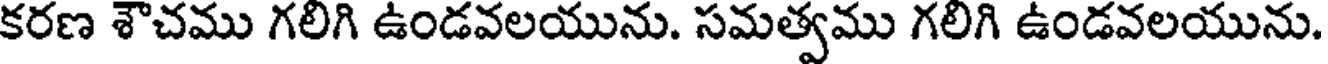
కరణ శౌచము గలిగి ఉండవలయును. సమత్వము గలిగి ఉండవలయును.